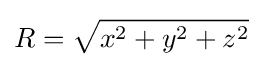
R={\sqrt {x^{2}+y^{2}+z^{2}}}